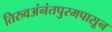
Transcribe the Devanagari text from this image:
तिरुवअंनंतपुरमपासून